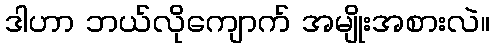
ဒါဟာ ဘယ်လိုကျောက် အမျိုးအစားလဲ။